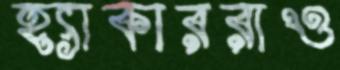
হ্যাকাররাও